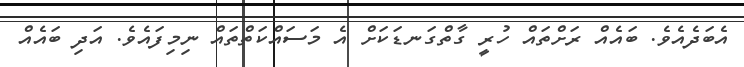
އެބަދެއެވެ. ބައެއް ރަށްތައް ހުރީ ގާތްގަނޑަކަށް އެ މަސައްކަތްތައް ނިމިފައެވެ. އަދި ބައެއް